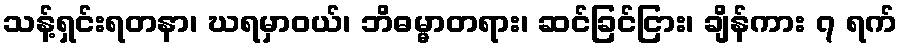
သန့်ရှင်းရတနာ၊ ဃရမှာဝယ်၊ ဘိဓမ္မာတရား၊ ဆင်ခြင်ငြား၊ ချိန်ကား ၇ ရက်